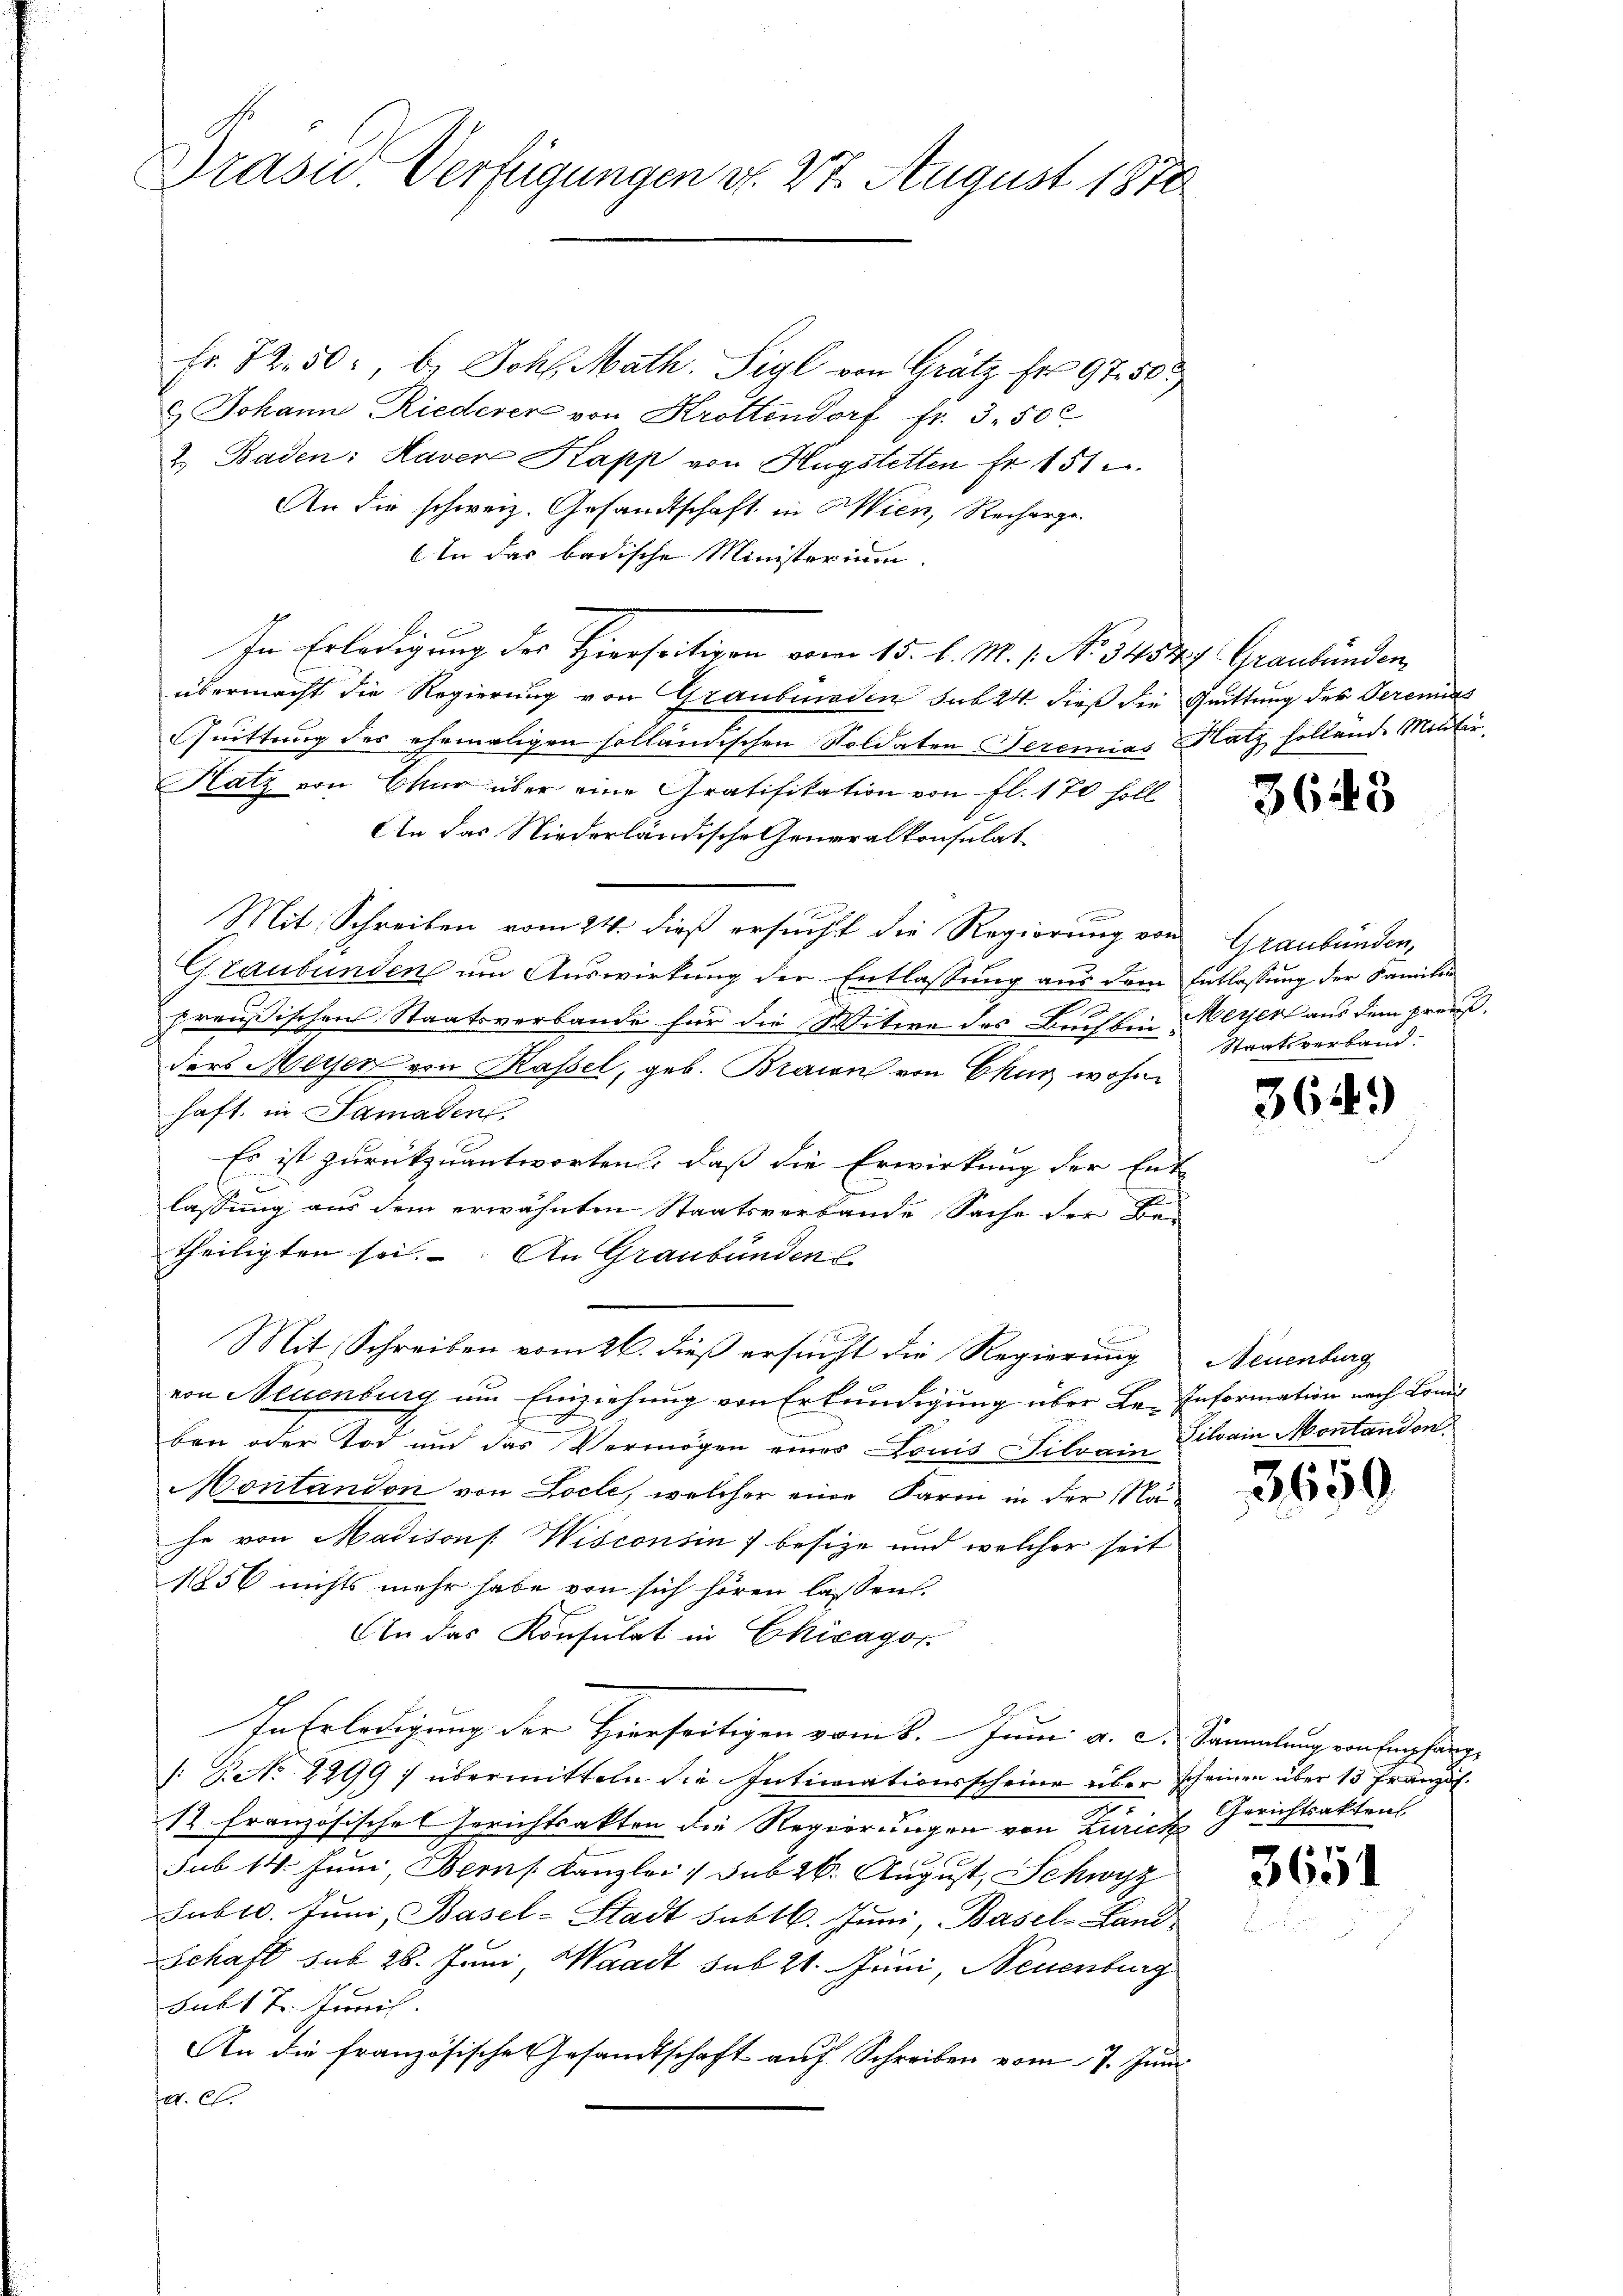
Präse Verfügungen d. 27. August 1872

Fr. 82. 50, b. Joh. Math. Sigl von Grätz Fr. 97. 50
& Johann Riederer von Krottendorf fr. 3. 50c
2. Baden: Haver Kapp von Hugstetten fr. 151
An die schweiz. Gesandtschaft in Wien, Recharge.
In das badische Ministerium
In Erledigung des Hierseitigen vom 15. d. M. 1. No. 3454 Graubünden,
übermacht die Regierung von Graubinaden sub 24 dieß die Quittung des Seremias
Quittung des ehemaligen solländischen Soldaten Seremias Natz follend Mentir
Hatz von Chur über eine Gratifikation von fl. 170 soll
An das Niederländische Generalkonsulat
e
Mit Schreiben vom 24. dieß ersucht die Regierung von Graubünden,
Graubünden um Auswirkung der Entlassung aus dem Entlassung der Familie
preußischen Staatsverbande für die Witwe des Buchbin alten aus dem preußders Meisen von Kassel, geb. Braun von Chur wohn
haft in Samaden.
Es ist zurückzuantworten, daß die Erwirkung der Ent-

lassung aus dem erwähnten Staatsverbande Sache der Be
theiligten sei. An Graubünden
Bier
Mit Schreiben vom 26. dieß ersucht die Regierung
von Neuenburg um Einziehung von Erkundigung über Le-Information nach Boni
ben oder Tod und das Vermögen eines Louis Silvain Pilain Montandon
Montandon von Locle, welcher eine Farm in der Nähe von Madisons: Wisconsin) besize und welcher seit
1856 nichts mehr habe von sich hören lassen.
Ain das Konsulat in Chicagor
In Erledigung der Hierseitigen vom 8. Juni a. D. Sammlung von fernehmige
: No 2299) übermitteln die Inticorationsscheine über scheinen über 15 Französ.
12. Französisches Gerichtsakten die Regierungen von Zürich
sub 14. Juni, Berns Kanzlei 1 sub 26. August, Schwyz
Sublo. Jŭni, Basel-Stadt subtb. Jŭni, Basel-Land
Schaft sub 28. Juni, Waadt sub 21. Juni, Neuenburg
Subt 7. Juni
An die französische Gesandtschaft auf Schreiben vom 7. Juni
a. c.

3643

Staatsverband.

361

)

Neuenburg

3650

Gerichtsakten

3651